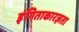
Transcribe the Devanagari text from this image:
इंगिताकारज्ञता